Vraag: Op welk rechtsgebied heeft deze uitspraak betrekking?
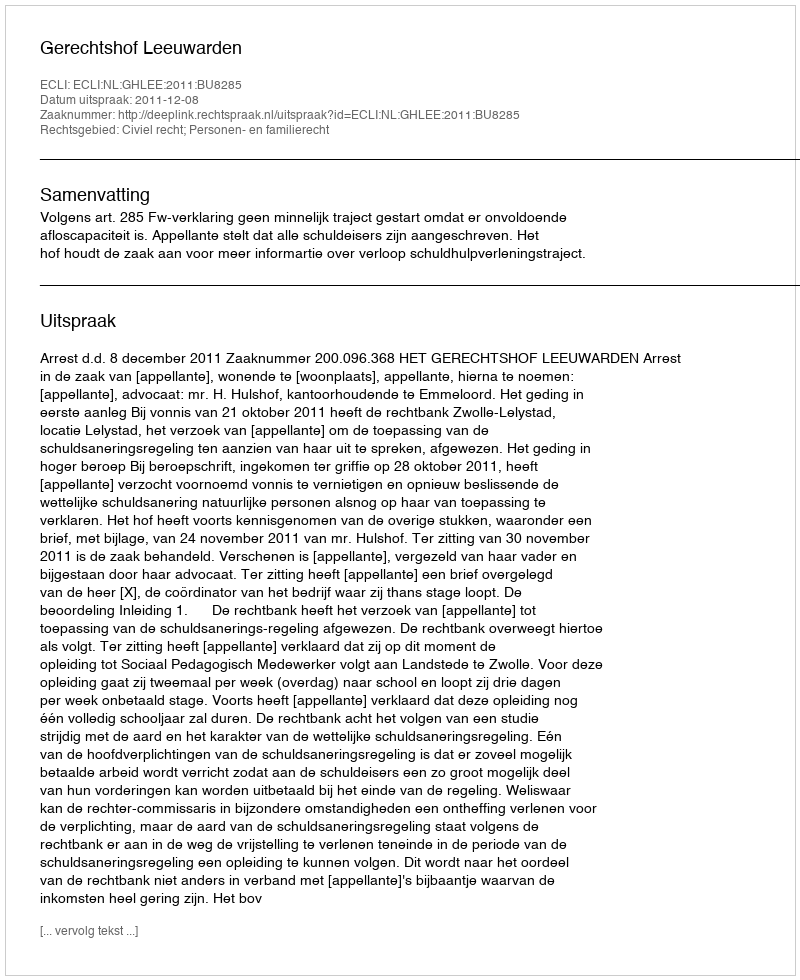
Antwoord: Civiel recht; Personen- en familierecht